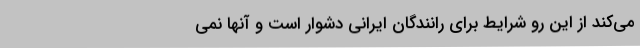
می‌کند از این رو شرایط برای رانندگان ایرانی دشوار است و آنها نمی‌